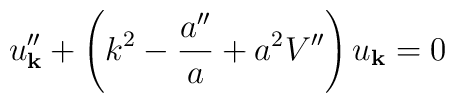
u_{\bf k}^{\prime \prime} + \left( k^2 -\frac{a^{\prime \prime}}{a} +a^2 V^{\prime\prime} \right)u_{\bf k} = 0